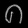
Digit: ၈